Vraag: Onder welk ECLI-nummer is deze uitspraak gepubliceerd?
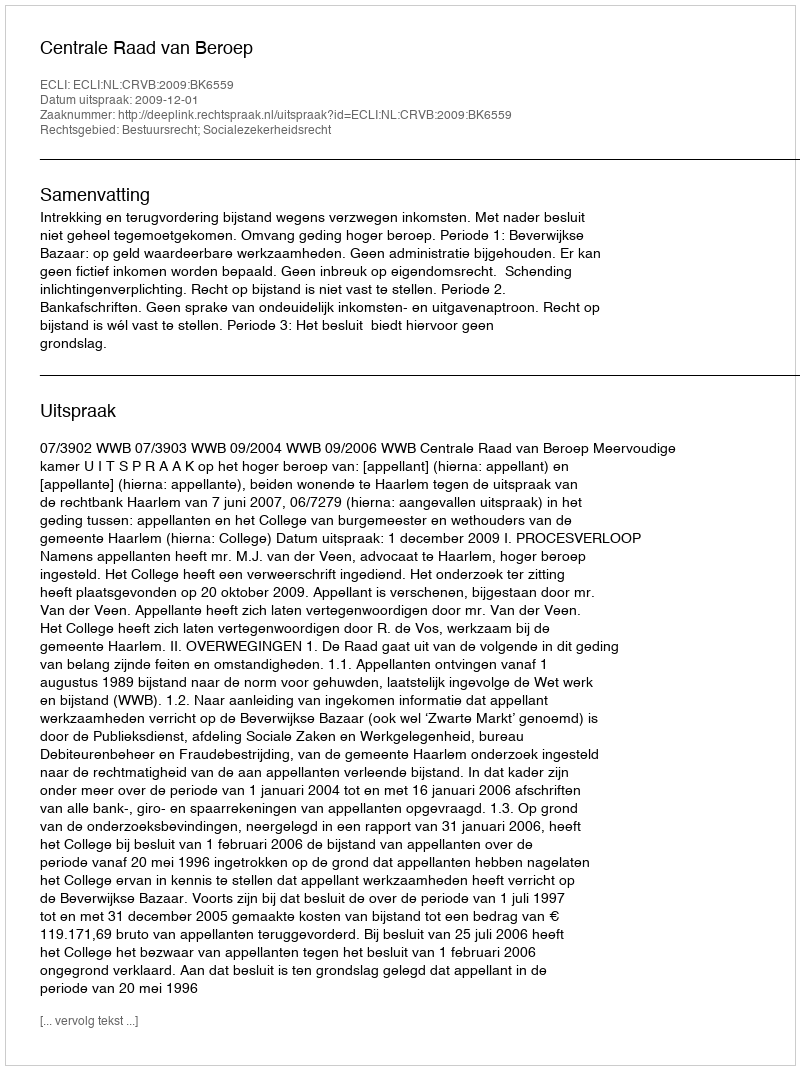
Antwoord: ECLI:NL:CRVB:2009:BK6559